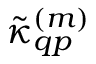
{ \tilde { \kappa } _ { q p } } ^ { ( m ) }